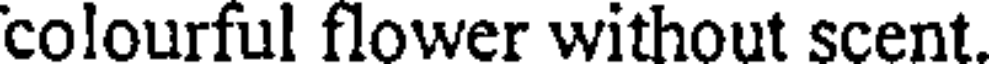
colourful flower without scent.